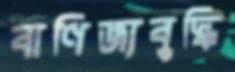
বাণিজ্যবুদ্ধি